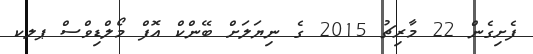
ފެށިގެން 22 މާރިޗު 2015 ގެ ނިޔަލަށް ބޭންކް އޮފް މޯލްޑިވްސް ޕލކ